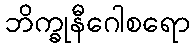
ဘိက္ခုနီဂေါစရော